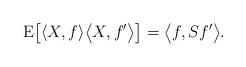
LaTeX: \begin{align*} \mathrm{E}\bigl[\langle X,f\rangle \bigl\langle X,f'\bigr\rangle \bigr]=\bigl\langle f, Sf'\bigr\rangle .\end{align*}